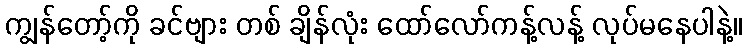
ကျွန်တော့်ကို ခင်ဗျား တစ် ချိန်လုံး ထော်လော်ကန့်လန့် လုပ်မနေပါနဲ့။